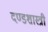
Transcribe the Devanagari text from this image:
दण्डशास्त्री